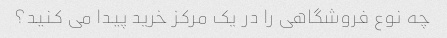
چه نوع فروشگاهی را در یک مرکز خرید پیدا می کنید؟